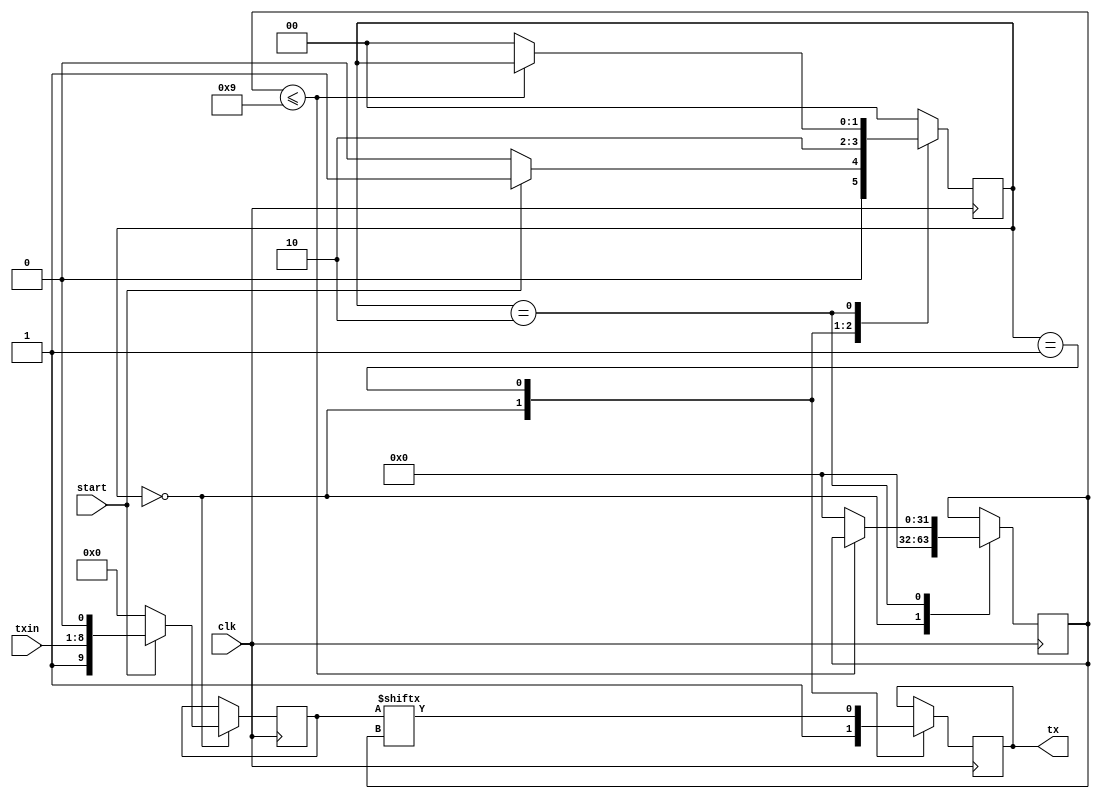
`timescale 1ns / 1ps


module transmitter(input clk,
                output reg tx,
                input [7:0] txin,
                input start);

reg [9:0] txData;//stop bit data start
integer bitIndex = 0; //reg [3:0];
reg [9:0] shifttx = 0;
reg bitDone = 0;
parameter idle = 0, send = 1, check = 2;
reg [1:0] state = idle;

 always@(posedge clk)
 begin
 case(state)
 idle : 
     begin
           tx       <= 1'b1;
           txData   <= 0;
           bitIndex <= 0;
           shifttx  <= 0;
           
            if(start == 1'b1)
              begin
                txData <= {1'b1,txin,1'b0};
                state  <= send;
              end
            else
              begin           
               state <= idle;
              end
     end
 
  send: begin
           tx       <= txData[bitIndex];
           state    <= check;
           shifttx  <= {txData[bitIndex], shifttx[9:1]};
  end 
  
  check: 
  begin
       
           
               if(bitIndex <= 9) //0 - 9 = 10
                  begin
                    if(bitDone == 1'b1)
                     begin
                     state <= send;
                     bitIndex <= bitIndex + 1;
                     end
                 end
                else
                begin
                state <= idle;
                bitIndex <= 0;
                end
            end
 
 default: state <= idle;
 endcase
 end
  
assign txdone = (bitIndex == 9 && bitDone == 1'b1) ? 1'b1 : 1'b0;
endmodule